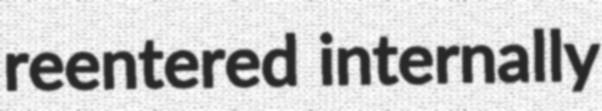
reentered internally